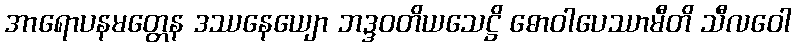
အာရောပနမတ္တေန ဒဿနေယျော ဘဒ္ဒဝတိယသေဋ္ဌိ ဓောဝါပေဿာမီတိ သီလဝေါ